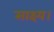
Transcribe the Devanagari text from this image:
साक्ष्य।